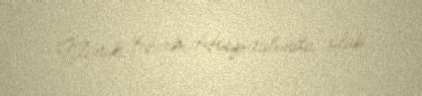
Klinik Hərbi Hospitalında olub.